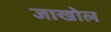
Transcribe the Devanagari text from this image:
जाखोल